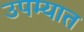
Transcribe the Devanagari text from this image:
उपम्यात